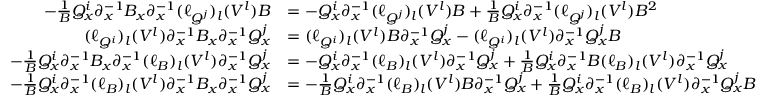
\begin{array} { r l } { - \frac 1 B Q _ { x } ^ { i } { \partial } _ { x } ^ { - 1 } B _ { x } { \partial } _ { x } ^ { - 1 } ( \ell _ { Q ^ { j } } ) _ { l } ( V ^ { l } ) B } & { = - Q _ { x } ^ { i } { \partial } _ { x } ^ { - 1 } ( \ell _ { Q ^ { j } } ) _ { l } ( V ^ { l } ) B + \frac 1 B Q _ { x } ^ { i } { \partial } _ { x } ^ { - 1 } ( \ell _ { Q ^ { j } } ) _ { l } ( V ^ { l } ) B ^ { 2 } } \\ { ( \ell _ { Q ^ { i } } ) _ { l } ( V ^ { l } ) { \partial } _ { x } ^ { - 1 } B _ { x } { \partial } _ { x } ^ { - 1 } Q _ { x } ^ { j } } & { = ( \ell _ { Q ^ { i } } ) _ { l } ( V ^ { l } ) B { \partial } _ { x } ^ { - 1 } Q _ { x } ^ { j } - ( \ell _ { Q ^ { i } } ) _ { l } ( V ^ { l } ) { \partial } _ { x } ^ { - 1 } Q _ { x } ^ { j } B } \\ { - \frac 1 B Q _ { x } ^ { i } { \partial } _ { x } ^ { - 1 } B _ { x } { \partial } _ { x } ^ { - 1 } ( \ell _ { B } ) _ { l } ( V ^ { l } ) { \partial } _ { x } ^ { - 1 } Q _ { x } ^ { j } } & { = - Q _ { x } ^ { i } { \partial } _ { x } ^ { - 1 } ( \ell _ { B } ) _ { l } ( V ^ { l } ) { \partial } _ { x } ^ { - 1 } Q _ { x } ^ { j } + \frac 1 B Q _ { x } ^ { i } { \partial } _ { x } ^ { - 1 } B ( \ell _ { B } ) _ { l } ( V ^ { l } ) { \partial } _ { x } ^ { - 1 } Q _ { x } ^ { j } } \\ { - \frac 1 B Q _ { x } ^ { i } { \partial } _ { x } ^ { - 1 } ( \ell _ { B } ) _ { l } ( V ^ { l } ) { \partial } _ { x } ^ { - 1 } B _ { x } { \partial } _ { x } ^ { - 1 } Q _ { x } ^ { j } } & { = - \frac 1 B Q _ { x } ^ { i } { \partial } _ { x } ^ { - 1 } ( \ell _ { B } ) _ { l } ( V ^ { l } ) B { \partial } _ { x } ^ { - 1 } Q _ { x } ^ { j } + \frac 1 B Q _ { x } ^ { i } { \partial } _ { x } ^ { - 1 } ( \ell _ { B } ) _ { l } ( V ^ { l } ) { \partial } _ { x } ^ { - 1 } Q _ { x } ^ { j } B } \end{array}